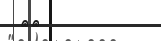
٢١